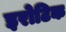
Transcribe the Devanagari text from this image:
इरोटिक